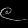
Digit: ၉